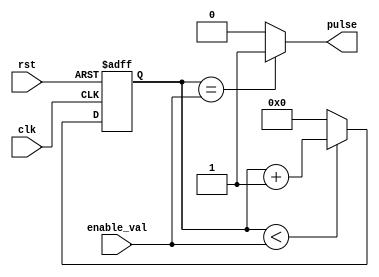
`timescale 1ns / 1ps
//////////////////////////////////////////////////////////////////////////////////
// Company: 
// Engineer: 
// 
// Design Name: 
// Module Name: pulse_generator
// Project Name: 
// Target Devices: 
// Tool Versions: 
// Description: 
// 
// Dependencies: 
// 
// Revision:
// Revision 0.01 - File Created
// Additional Comments:
// 
//////////////////////////////////////////////////////////////////////////////////


module pulse_generator#(parameter WIDTH = 4)(
    input  clk, 
    input  rst,
    input  [WIDTH-1:0] enable_val,
    output  pulse);

reg [WIDTH-1:0] count;

always@(posedge clk, negedge rst)
    begin
        if(rst == 1'b0)
            begin
                count <= {WIDTH{1'b0}};
            end
        else
            begin
                count <= (count < enable_val) ? count + 1 : 0;
            end   
    end

assign pulse = (count == enable_val) ? 1 : 0;

endmodule